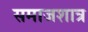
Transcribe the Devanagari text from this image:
समाजशात्र